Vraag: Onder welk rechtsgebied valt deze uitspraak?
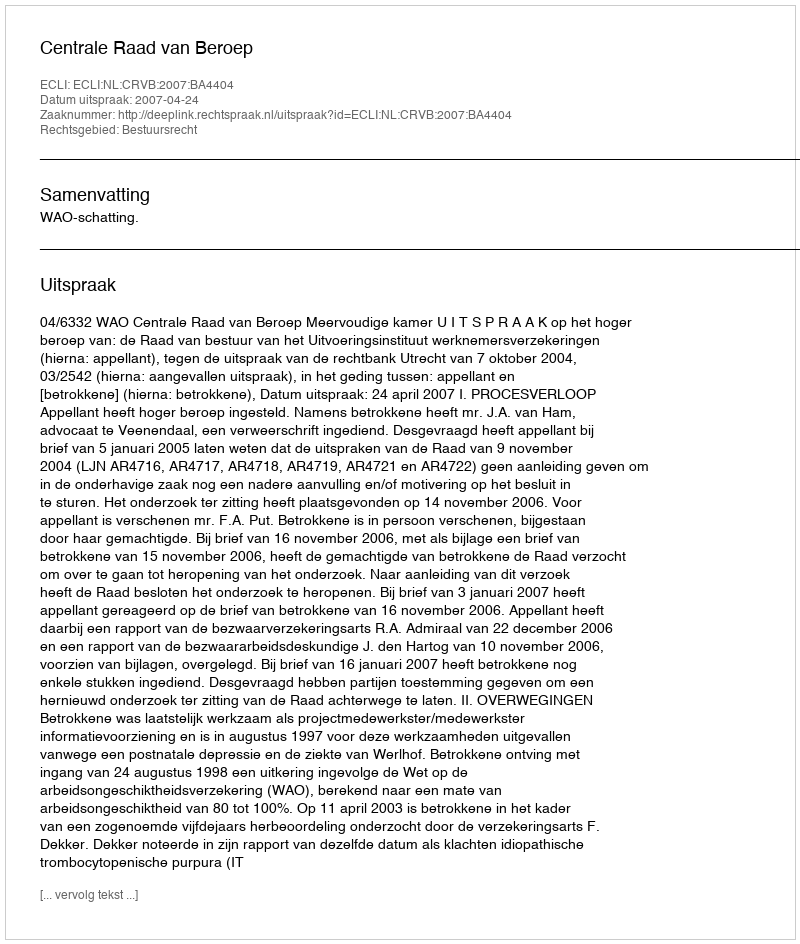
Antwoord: Bestuursrecht